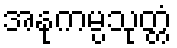
အနုကမ္ပသုတ္တံ